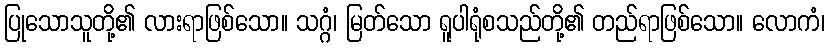
ပြုသောသူတို့၏ လားရာဖြစ်သော။ သဂ္ဂံ၊ မြတ်သော ရူပါရုံစသည်တို့၏ တည်ရာဖြစ်သော။ လောကံ၊